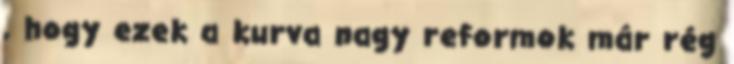
, hogy ezek a kurva nagy reformok már rég